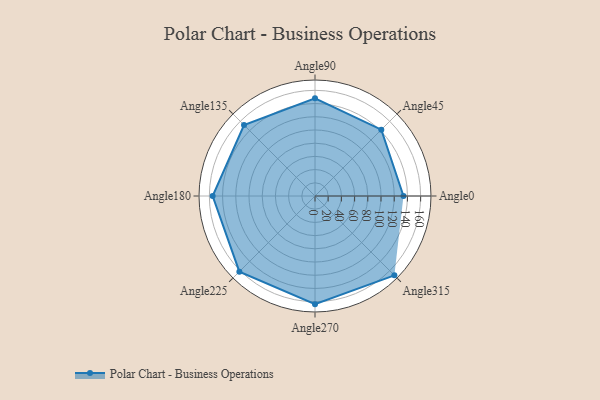
{"axis": {"x": "Angle", "y": "Radius"}, "legend": [""], "data": [{"x": "Angle0", "y": 134.0, "type": ""}, {"x": "Angle45", "y": 142.0, "type": ""}, {"x": "Angle90", "y": 148.0, "type": ""}, {"x": "Angle135", "y": 152.0, "type": ""}, {"x": "Angle180", "y": 155.0, "type": ""}, {"x": "Angle225", "y": 162.0, "type": ""}, {"x": "Angle270", "y": 164.0, "type": ""}, {"x": "Angle315", "y": 170.0, "type": ""}]}